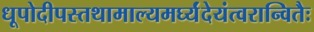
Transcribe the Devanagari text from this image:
धूपोदीपस्तथामाल्यमर्घ्यंदेयंत्वरान्वितैः